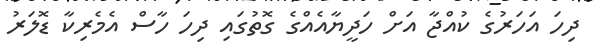
ދިހަ އަހަރުގެ ކުއްޖާ އަށް ހަދީޔާއެއްގެ ގޮތުގައި ދިހަ ހާސް އެމެރިކާ ޑޮލަރު